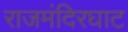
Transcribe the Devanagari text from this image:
राजमंदिरघाट